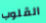
القلوب